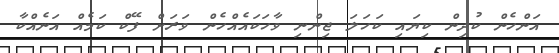
އަންހެން ކުދިން ކިޔައި ކަހަލަ ޖިންނި ވާހަކައެއްހެން ވަރަށް ފޭކް ކަމެއް އަނެއްކާ